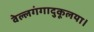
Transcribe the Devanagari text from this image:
वेल्लगंगादुकूलया।